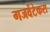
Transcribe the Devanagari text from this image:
गजवेंटेकरा